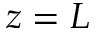
z = L